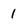
Character: 1